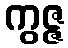
ကွဇ္ဇ